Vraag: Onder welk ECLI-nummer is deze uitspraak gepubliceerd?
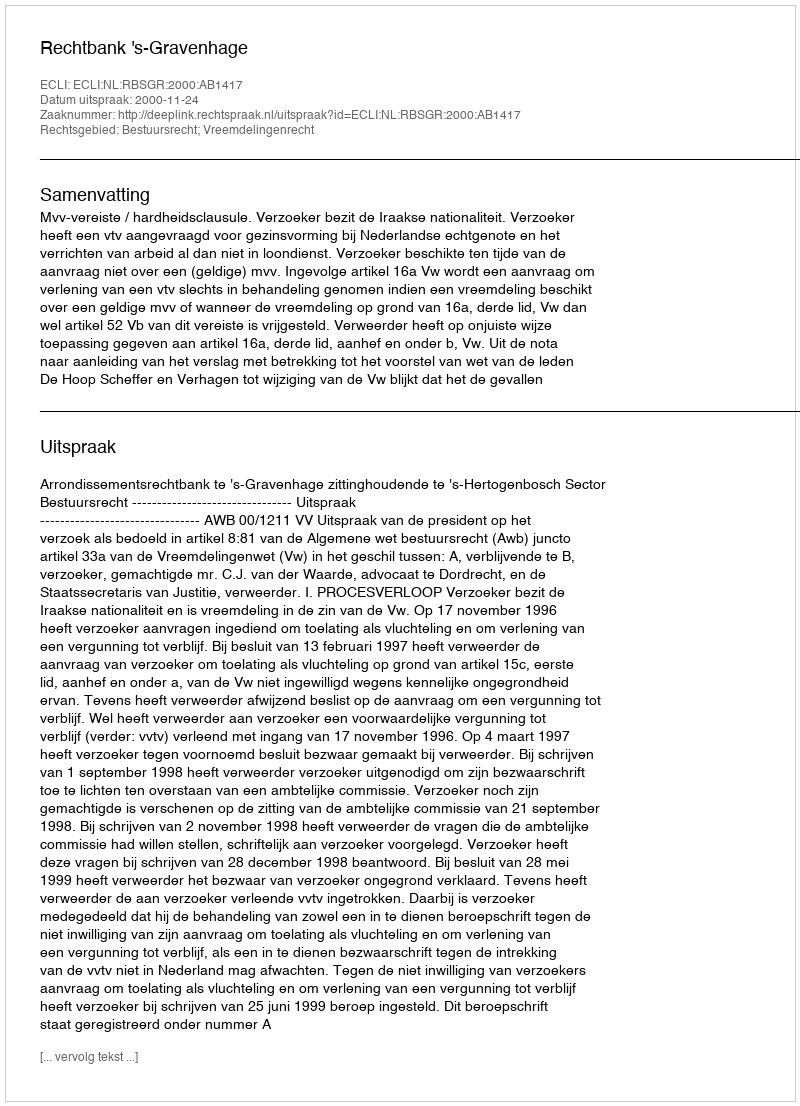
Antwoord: ECLI:NL:RBSGR:2000:AB1417